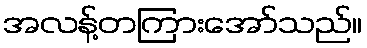
အလန့်တကြားအော်သည်။